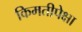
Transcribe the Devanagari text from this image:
किमतीपेक्षा